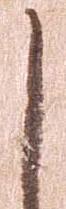
し